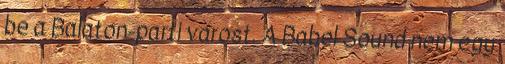
be a Balaton-parti várost. A Babel Sound nem egy